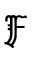
\mathfrak { F }